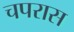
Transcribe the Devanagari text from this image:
चपरास